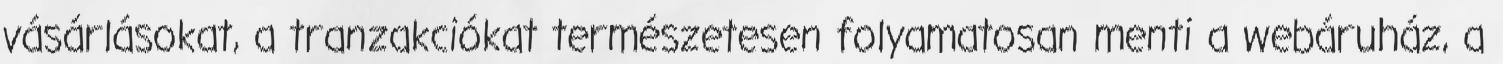
vásárlásokat, a tranzakciókat természetesen folyamatosan menti a webáruház, a